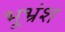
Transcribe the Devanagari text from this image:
भूभ्रंश